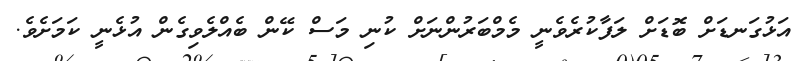
އަޅުގަނޑަށް ބޮޑަށް ލަފާކުރެވެނީ މެމްބަރުންނަށް ކުނި މަސް ކޭން ބެއްލެވިގެން އުޅެނީ ކަމަށެވެ.